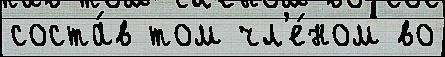
соста́в том чл'е́ном во